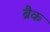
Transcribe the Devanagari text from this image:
ब्रैक